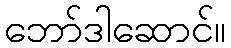
ဘော်ဒါဆောင်။